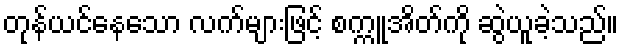
တုန်ယင်နေသော လက်များဖြင့် စက္ကူအိတ်ကို ဆွဲယူခဲ့သည်။